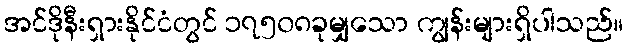
အင်ဒိုနီးရှားနိုင်ငံတွင် ၁၇၅၀၈ခုမျှသော ကျွန်းများရှိပါသည်။